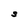
Character: S